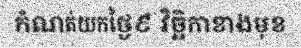
កំណត់យកថ្ងៃ៩ វិច្ឆិកាខាងមុខ